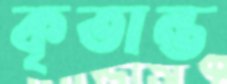
কৃতান্ত